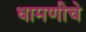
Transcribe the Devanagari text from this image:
धामणीचे